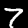
Digit: 7